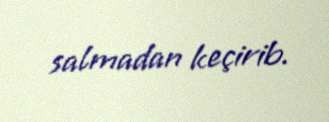
salmadan keçirib.